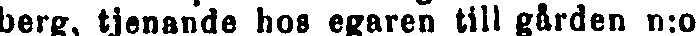
berg, tjenande hos egaren till gården n:o